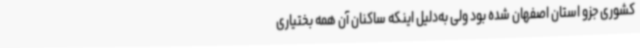
کشوری جزو استان اصفهان شده بود ولی به‌دلیل اینکه ساکنان آن همه بختیاری